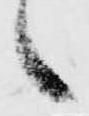
々